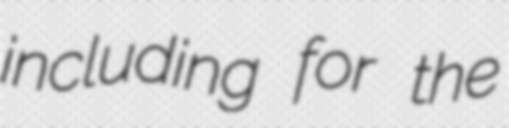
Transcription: including for the